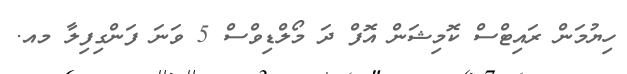
ހިޔުމަން ރައިޓްސް ކޮމިޝަން އޮފް ދަ މޯލްޑިވްސް 5 ވަނަ ފަންގިފިލާ މއ.